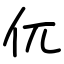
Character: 㐳